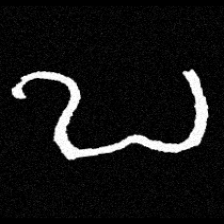
Pyu character \u2014 Myanmar letter: ဎ (romanized: ddha)